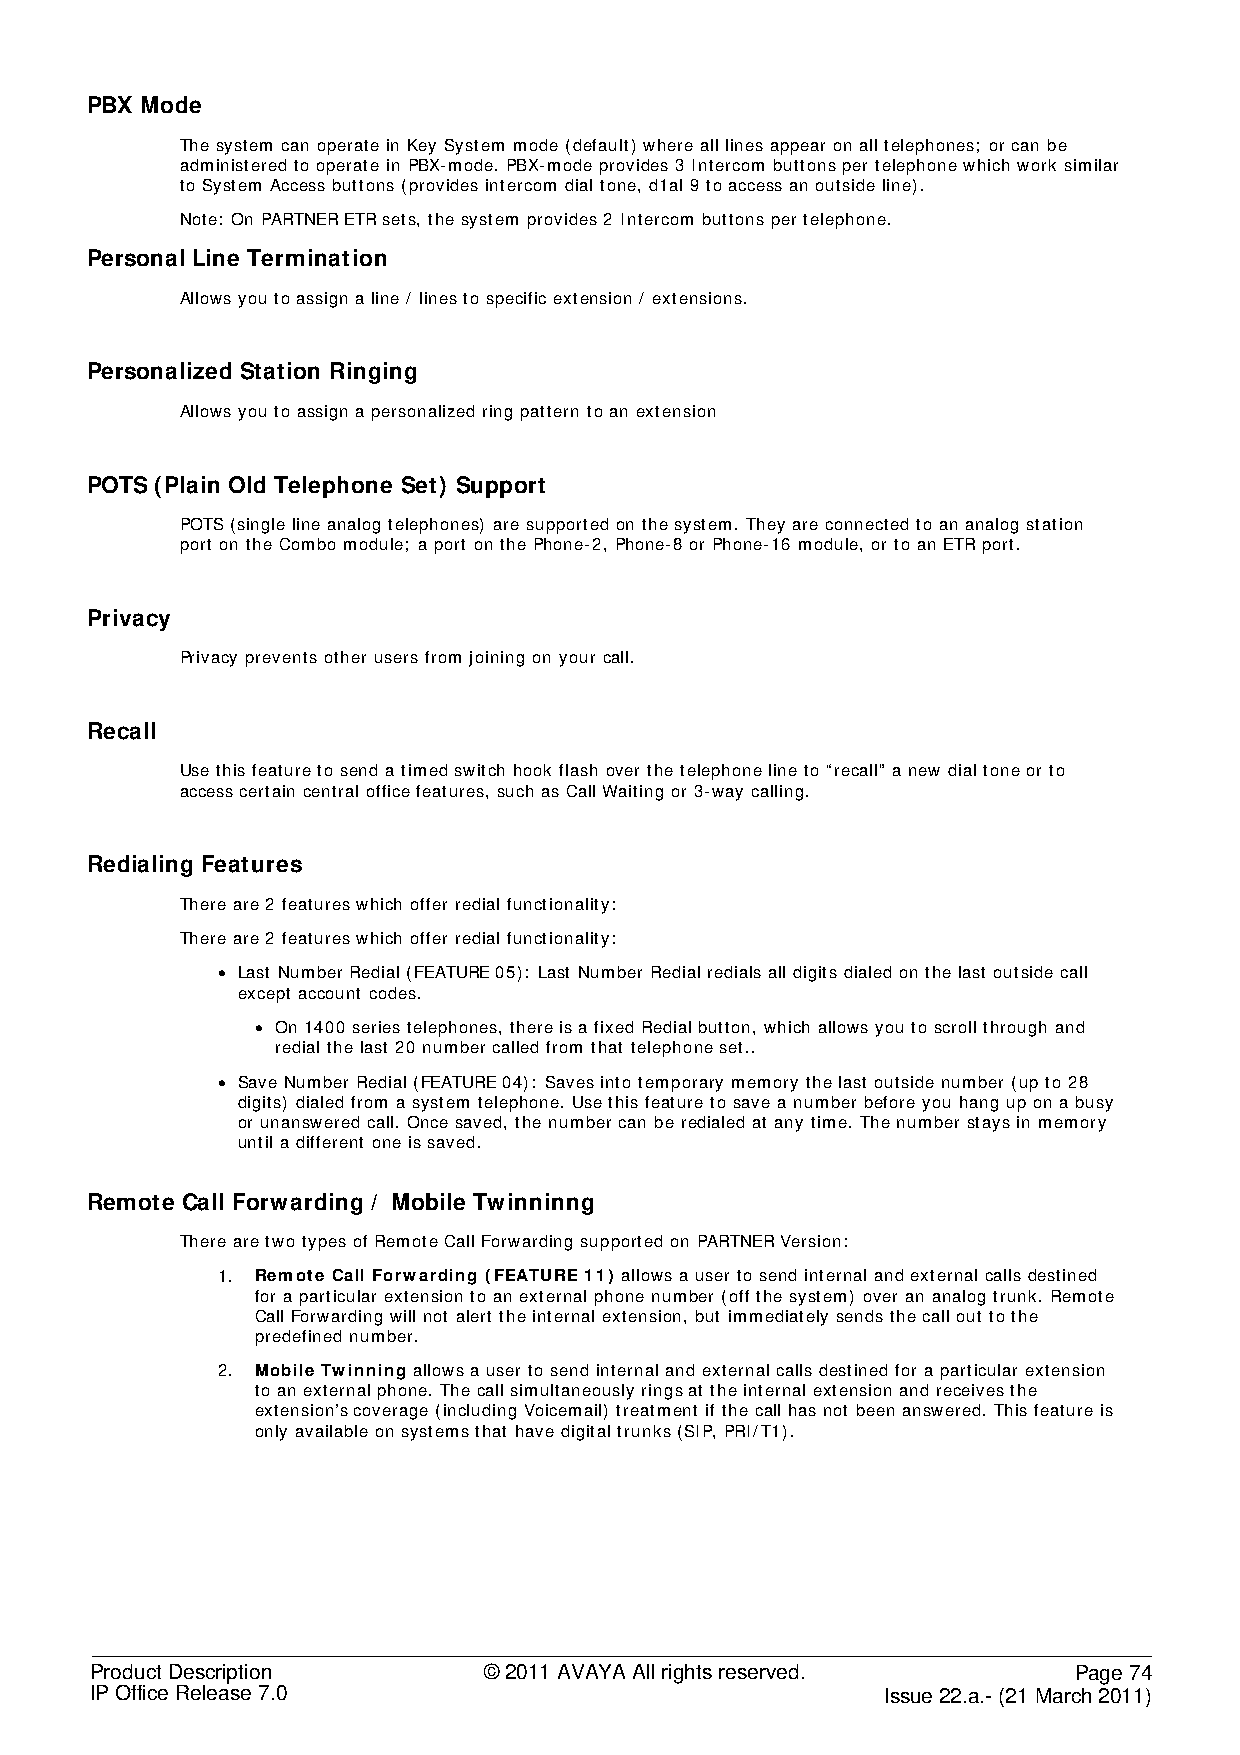
PBX Mode
 The system can operate in Key System mode (default) where all lines appear on all telephones; or can be
 administered to operate in PBX-mode. PBX-mode provides 3 Intercom buttons per telephone which work similar
 to System Access buttons (provides intercom dial tone, d1al 9 to access an outside line).
 Note: On PARTNER ETR sets, the system provides 2 Intercom buttons per telephone.
 Personal Line Termination
 Allows you to assign a line / lines to specific extension / extensions.
 Personalized Station Ringing
 Allows you to assign a personalized ring pattern to an extension
 POTS (Plain Old Telephone Set) Support
 POTS (single line analog telephones) are supported on the system. They are connected to an analog station
 port on the Combo module; a port on the Phone-2, Phone-8 or Phone-16 module, or to an ETR port.
 Privacy
 Privacy prevents other users from joining on your call.
 Recall
 Use this feature to send a timed switch hook flash over the telephone line to “recall” a new dial tone or to
 access certain central office features, such as Call Waiting or 3-way calling.
 Redialing Features
 There are 2 features which offer redial functionality:
 There are 2 features which offer redial functionality:
 • Last Number Redial (FEATURE 05): Last Number Redial redials all digits dialed on the last outside call
 except account codes.
 • On 1400 series telephones, there is a fixed Redial button, which allows you to scroll through and
 redial the last 20 number called from that telephone set..
 • Save Number Redial (FEATURE 04): Saves into temporary memory the last outside number (up to 28
 digits) dialed from a system telephone. Use this feature to save a number before you hang up on a busy
 or unanswered call. Once saved, the number can be redialed at any time. The number stays in memory
 until a different one is saved.
 Remote Call Forwarding / Mobile Twinninng
 There are two types of Remote Call Forwarding supported on PARTNER Version:
 1. Remote Call Forwarding (FEATURE 11) allows a user to send internal and external calls destined
 for a particular extension to an external phone number (off the system) over an analog trunk. Remote
 Call Forwarding will not alert the internal extension, but immediately sends the call out to the
 predefined number.
 2. Mobile Twinning allows a user to send internal and external calls destined for a particular extension
 to an external phone. The call simultaneously rings at the internal extension and receives the
 extension’s coverage (including Voicemail) treatment if the call has not been answered. This feature is
 only available on systems that have digital trunks (SIP, PRI/T1).
 Product Description       © 2011 AVAYA All rights reserved.      Page 74
 IP Office Release 7.0                                Issue 22.a.- (21 March 2011)